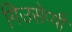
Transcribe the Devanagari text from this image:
गिउसेप्पी